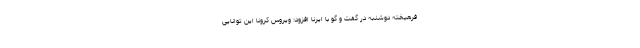
فرهیخته دوشنبه در گفت و گو با ایرنا افزود: ویروس کرونا این توانایی